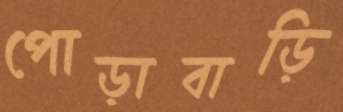
পোড়াবাড়ি